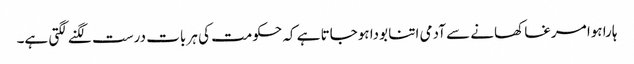
ہارا ہوا مرغا کھانے سے آدمی اتنا بودا ہوجاتا ہے کہ حکومت کی ہر بات درست لگنے لگتی ہے۔